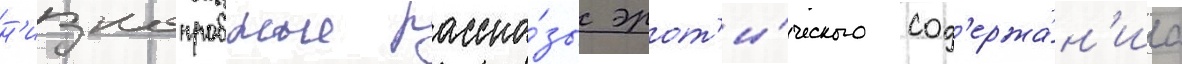
н'изкопробные расска́зы эрот'и́ческого сод'ержа́н'иа